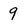
Character: 9